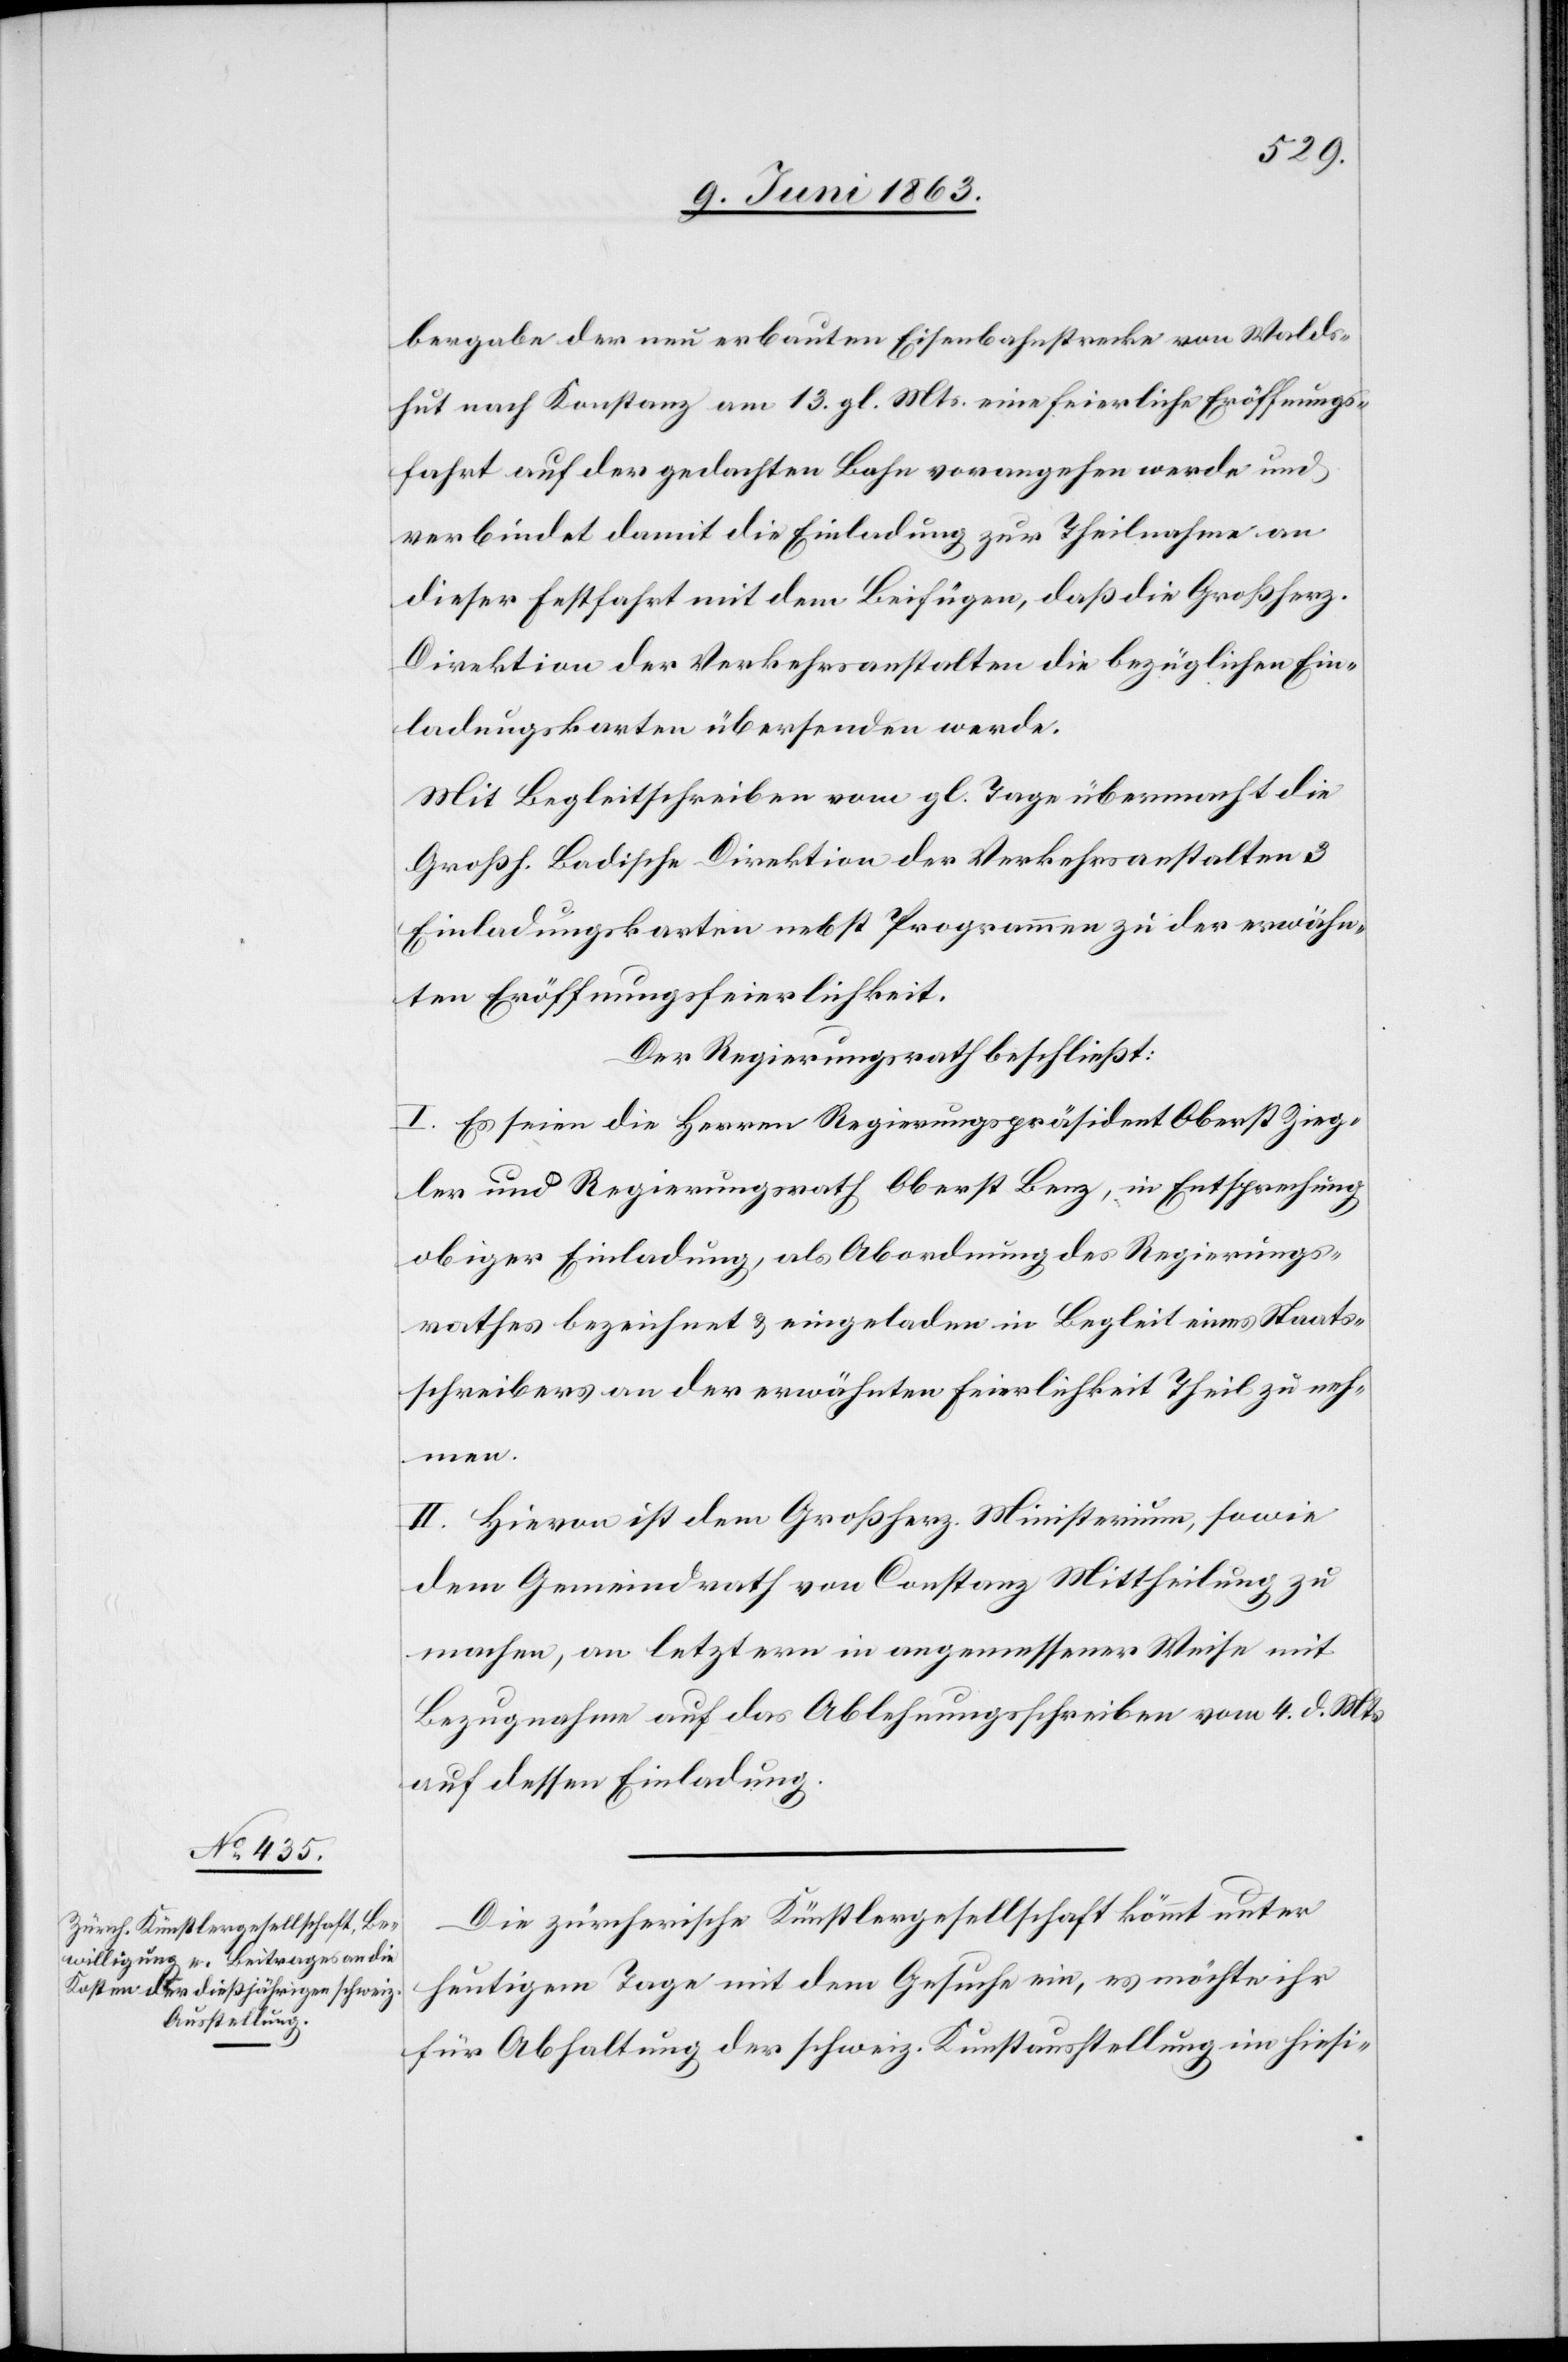
bergabe der neu erbauten Eisenbahnstrecke von Walds¬
hut nach Konstanz am 13. gl. Mts. eine feierliche Eröffnungs¬
fahrt auf der gedachten Bahn vorangehen werde und
verbindet damit die Einladung zur Theilnahme an
dieser Festfahrt mit dem Beifügen, daß die Großherz.
Direktion der Verkehrsanstalten die bezüglichen Ein¬
ladungskarten übersenden werde.
Mit Begleitschreiben vom gl. Tage übermacht die
Großh. Badische Direktion der Verkehrsanstalten 3
Einladungskarten nebst Programmen zu der erwähn¬
ten Eröffnungsfeierlichkeit.
Der Regierungsrath beschließt:
I. Es seien die Herren Regierungspräsident Oberst Zieg¬
ler und Regierungsrath Oberst Benz, in Entsprechung
obiger Einladung, als Abordnung des Regierungs¬
rathes bezeichnet & eingeladen in Begleit eines Staats¬
schreibers an der erwähnten Feierlichkeit Theil zu neh¬
men.
II. Hievon ist dem Großherz. Ministerium, sowie
dem Gemeindrath von Constanz Mittheilung zu
machen, an letztern in angemessener Weise mit
Bezugnahme auf das Ablehnungsschreiben vom 4. d. Mts.
auf dessen Einladung.
Die zürcherische Künstlergesellschaft kömmt unter
heutigem Tage mit dem Gesuche ein, es möchte ihr
für Abhaltung der schweiz. Kunstausstellung im hiesi-